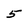
Character: 5